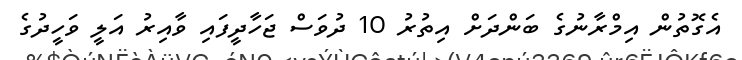
އެގޮތުން އިމްރާނުގެ ބަންދަށް އިތުރު 10 ދުވަސް ޖަހާދީފައި ވާއިރު އަލީ ވަހީދުގެ